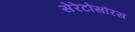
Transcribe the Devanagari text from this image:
सेरेटोसौरस